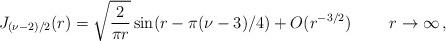
LaTeX: \begin{align*}J_{(\nu-2)/2}(r) = \sqrt{\frac{2}{\pi r}} \sin(r-\pi(\nu-3)/4) + O(r^{-3/2})\qquad\ r\to\infty \,,\end{align*}